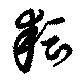
耘